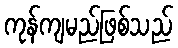
ကုန်ကျမည်ဖြစ်သည်